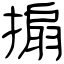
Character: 搧